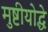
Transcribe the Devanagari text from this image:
मुष्टीयोद्धे